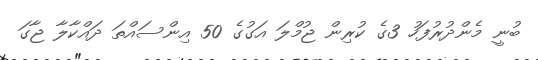
ބުނީ މެންދުރުފަހު 3ގެ ކުރިން ޖުމްލަ އަގުގެ 50 އިންސައްތަ ދައްކާލާ ޖާގަ